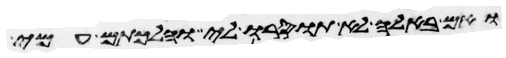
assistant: ואם באלה לא תוסרו לי והלכתם עמי